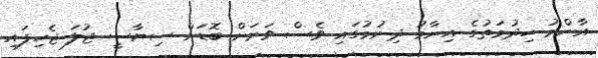
އާންމު ހިދުމަތުގެ އިނާމު ދިނުމުގައި ވެސް ވަރަށް ބޮޑަށް ސިޔާސީ ޖުލަ ޖެހިފައި